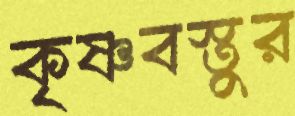
কৃষ্ণবস্তুর